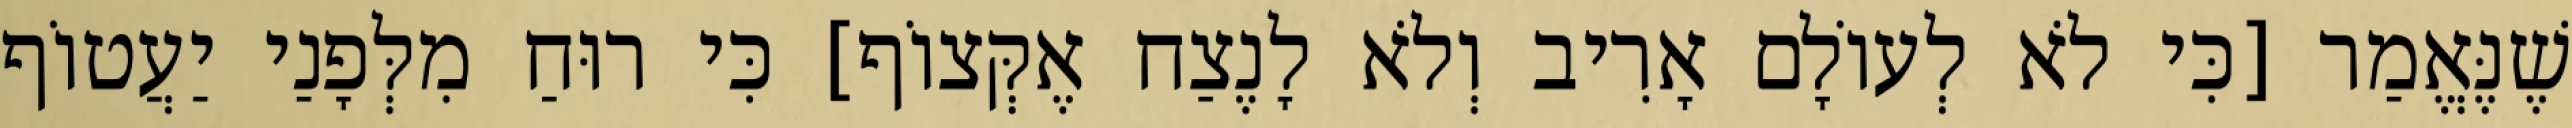
שֶׁנֶּאֱמַר [כִּי לֹא לְעוֹלָם אָרִיב וְלֹא לָנֶצַח אֶקְּצוֹף] כִּי רוּחַ מִלְּפָנַי יַעֲטוֹף